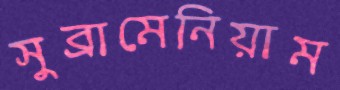
সুব্রামেনিয়াম